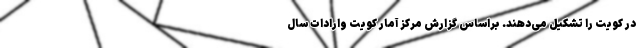
در کویت را تشکیل می‌دهند. براساس گزارش مرکز آمار کویت وارادات سال